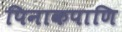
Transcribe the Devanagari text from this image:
पिनाकपाणि